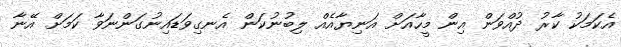
އެކަމަކު ކާރު ދުއްވަން އިން މީހާއަށް އަނިޔާއެއް ލިބުނުކަން އެނގިވަޑައިނުގަންނަވާ ކަމަށް އޭނާ